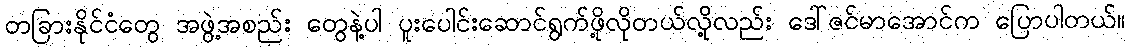
တခြားနိုင်ငံတွေ အဖွဲ့အစည်း တွေနဲ့ပါ ပူးပေါင်းဆောင်ရွက်ဖို့လိုတယ်လို့လည်း ဒေါ်ဇင်မာအောင်က ပြောပါတယ်။